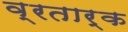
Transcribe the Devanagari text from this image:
व्रतार्क